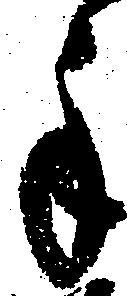
手